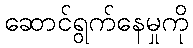
ဆောင်ရွက်နေမှုကို